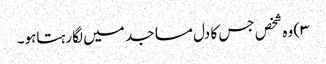
۳) وہ شخص جس کا دل مساجد میں لگارہتاہو۔